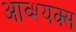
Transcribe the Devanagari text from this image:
आव्श्यक्स